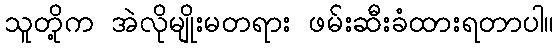
သူတို့က အဲလိုမျိုးမတရား ဖမ်းဆီးခံထားရတာပါ။